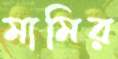
মামির